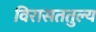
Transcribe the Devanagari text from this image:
विरासततुल्य